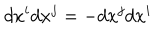
LaTeX: d x ^ { i } d x ^ { j } = - d x ^ { j } d x ^ { i }